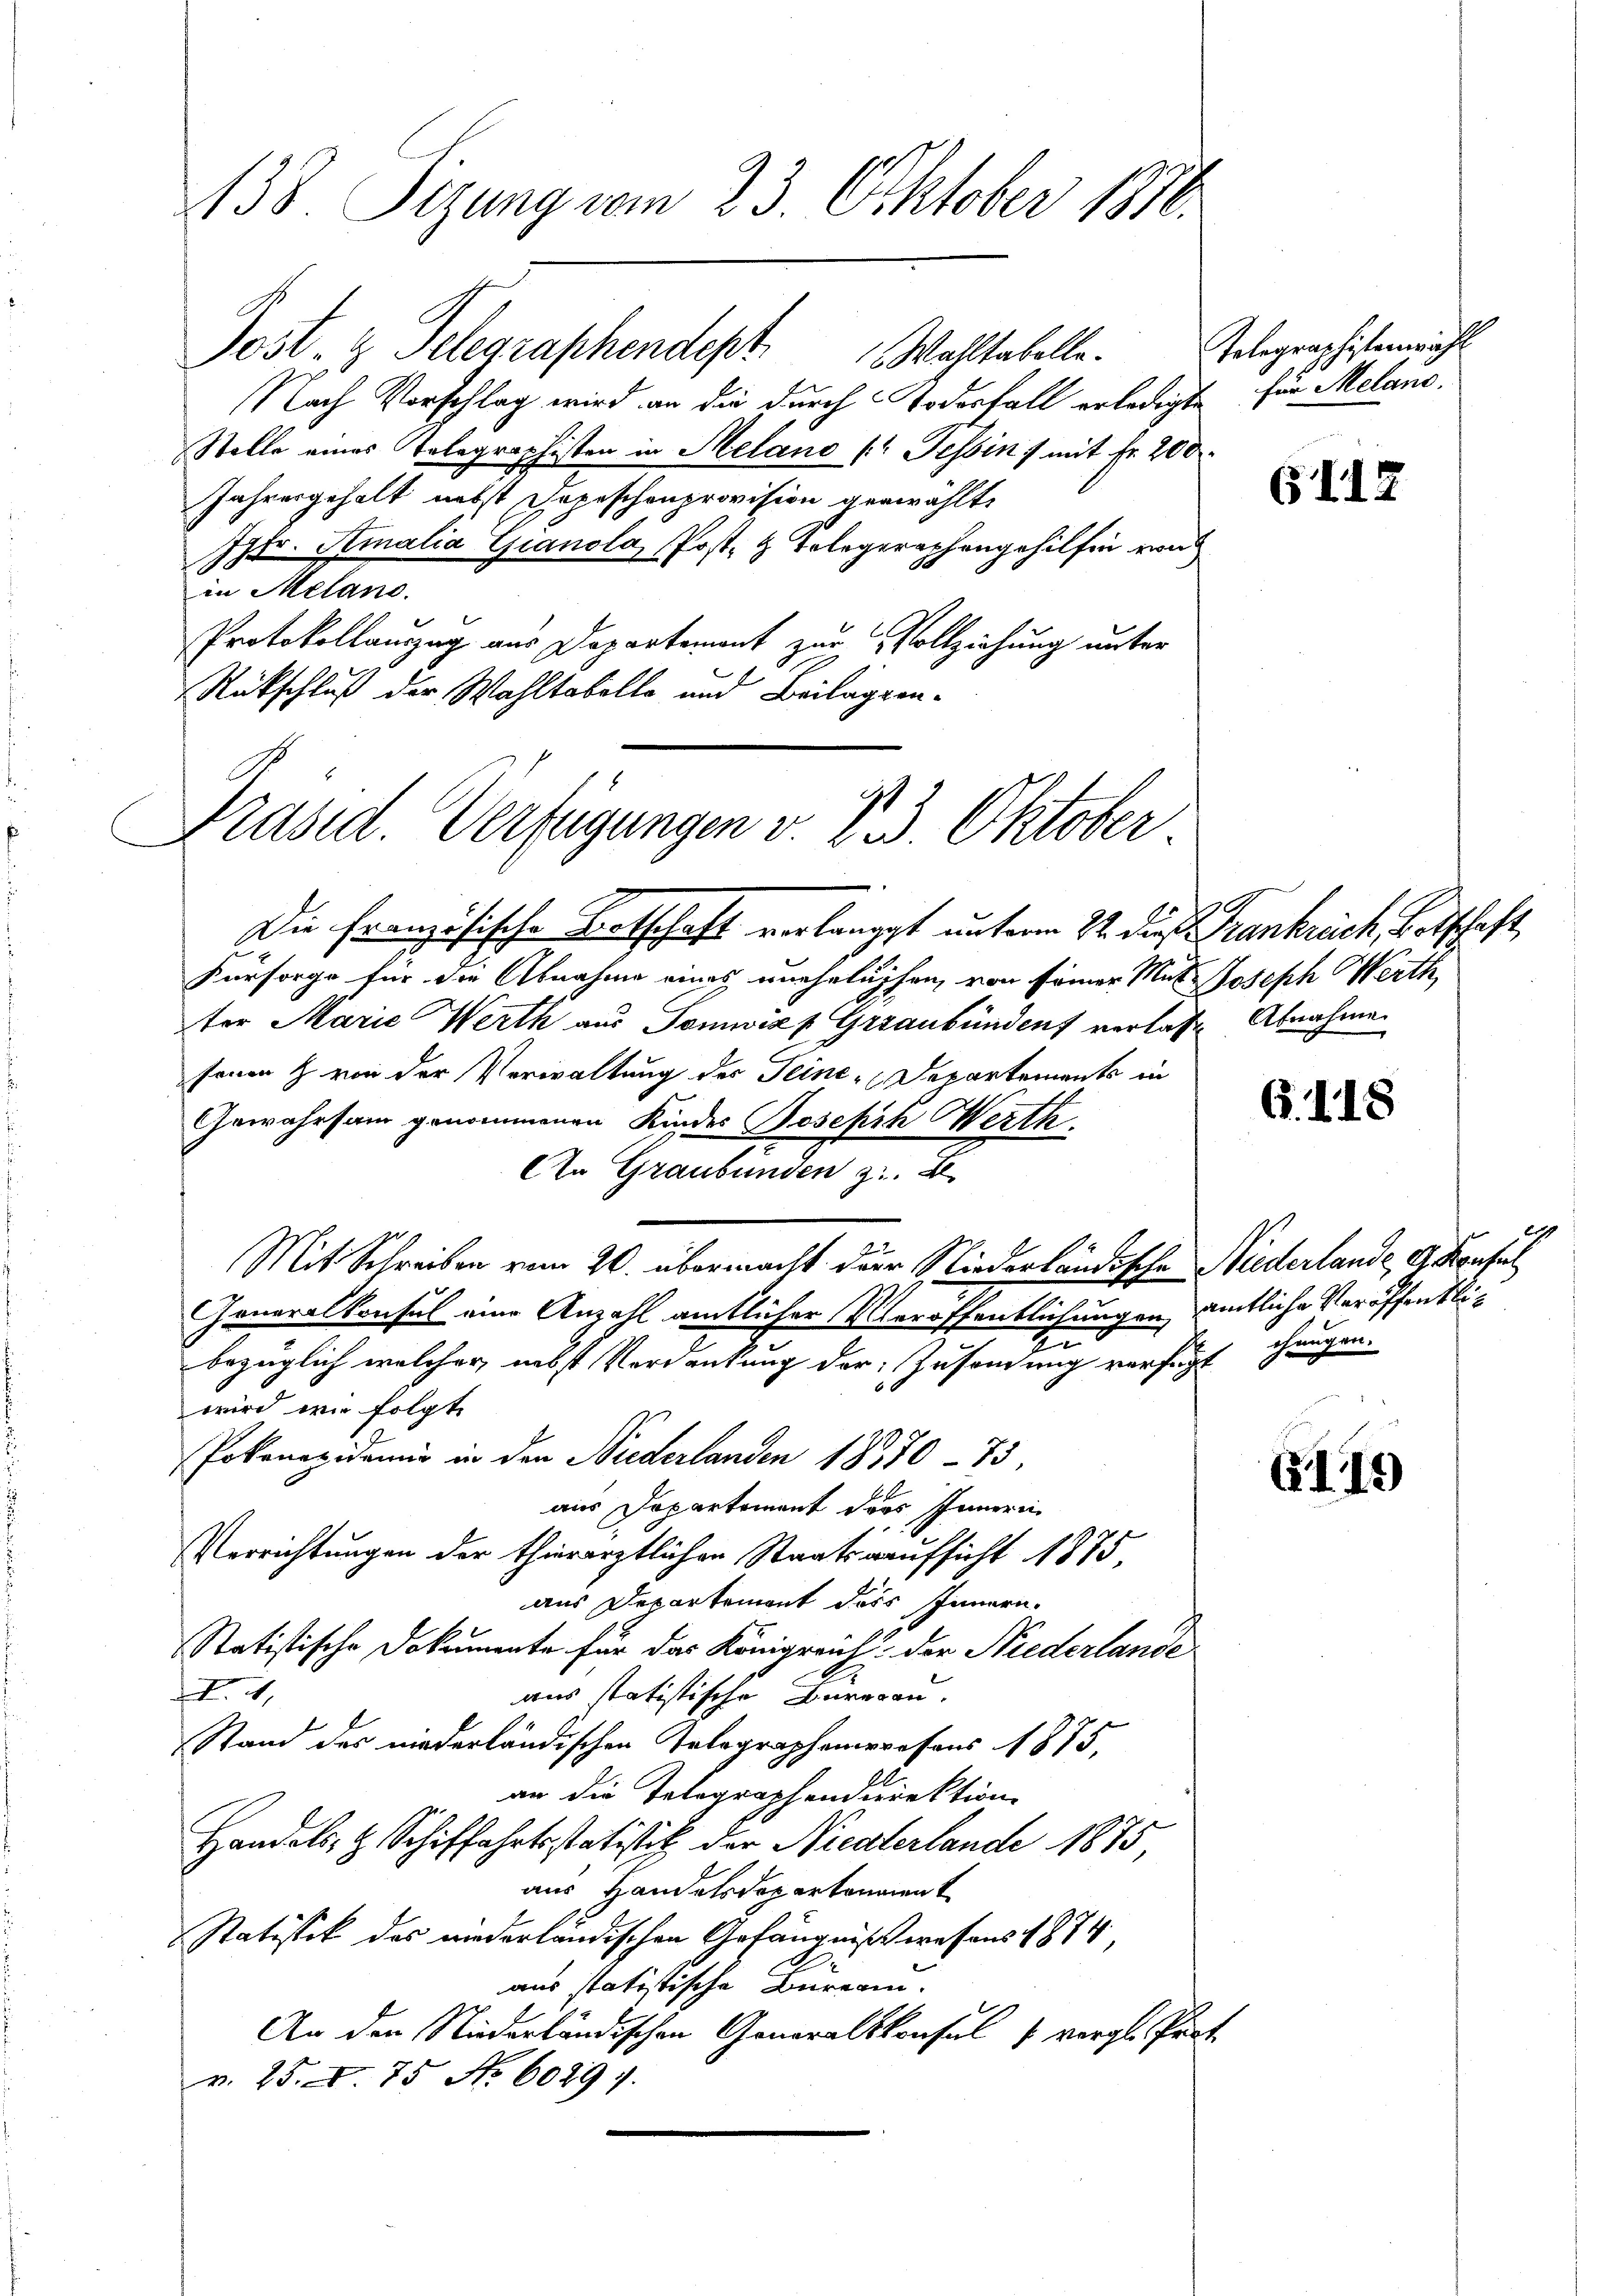
Nach Vorschlag wird an die durch Todesfall erledigte für Melanc,
Stelle eines Telegraphisten in Melano (“ Tessin, mit Fr. 200
Jahresgehalt nebst Depeschenprovision gewählt,
Jgfr. Amalia Gianola, Post, z. Telegraphengehilfen von
in Melano.
Protokollauszug aus Departement zur Vollziehung unter
Rückschluß der Wahltobelle und Beilagen¬

Präsid. Verfügungen v. P. 3. Oktober

138. Sizung vom 23. Oktober 1890.

Post- & Telegraphendest. Wahltabelle.

Mit Schreiben vom 20. übermacht der Niederländische Niederlande, G. Konsul

Die französische Totschaft vorlängst unterm 22. die Trankreich, Botschaft
Fürsorge für die Abnahme eines unehelichen, von seiner Mutz Joseph Werth
ter Marie Werth aus Tomwizp Graubünden verlasse Abnahme
fonen & von der Verwaltung des Seine Departements in
Gewahrsam genommenen Kindes Joseph Werth
An Graubünden z. B.
Generalkonsul eine Anzahl amtlicher Veröffentlichungen amtliche Veröffentlit
bezüglich welcher, nebst Verdankung der Zusendung versucht angen.
wird wie folgte
Pokonepidemie in den Niederlanden 18370 - 75,
aus Departement dass Innern
Verrichtungen der thierärztlichen Staatsraufsicht 1875,
aus Departement dass Innern.
Statistische Dokumente für das Königreich der Niederlande
4
aus statistische Bureau.
Stand des niederländischen Kolographameresens 1875,
an die Telegraphendirektion
Handels- & Schiffahrtsstatistik der Nieaterlande 1875,
aus Handelsdop erkomment
Statistik des niederländischen Gefängnißwesens 1874.
aus statistische Büreain.
An den Niederländischen Generalskonsul (vergl. Prot
v. 25. I. 75 No 60297.

Telegraphisten wähl

G118

G.118

6179

2